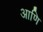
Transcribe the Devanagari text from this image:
आणि